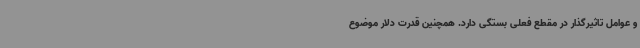
و عوامل تاثیرگذار در مقطع فعلی بستگی دارد. همچنین قدرت دلار موضوع